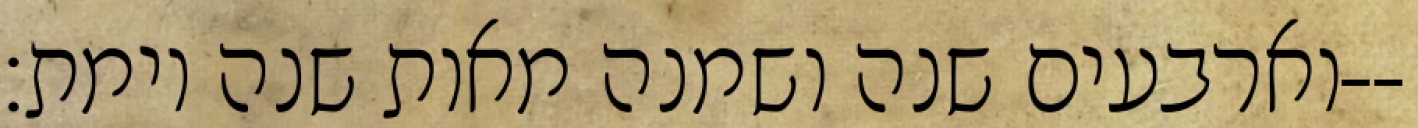
וארבעים שנה ושמנה מאות שנה וימת׃--